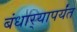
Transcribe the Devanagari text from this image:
बंधार्‍यापर्यंत